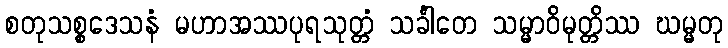
စတုသစ္စဒေသနံ မဟာအဿပုရသုတ္တံ သင်္ခါတေ သမ္မာဝိမုတ္တိဿ ဃမ္မတု